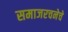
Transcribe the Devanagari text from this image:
समाजरचनेचे